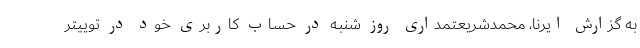
به گزارش ایرنا، محمدشریعتمداری روز شنبه در حساب کاربری خود در توییتر